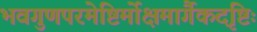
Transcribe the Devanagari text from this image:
भवगुणपरमेष्टिर्मोक्षमार्गैकदृष्टिः